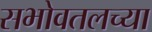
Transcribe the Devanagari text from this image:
सभोवतलच्या